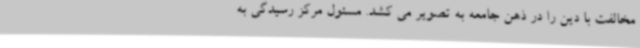
مخالفت با دین را در ذهن جامعه به تصویر می کشد. مسئول مرکز رسیدگی به